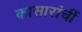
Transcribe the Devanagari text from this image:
कासारांचीं